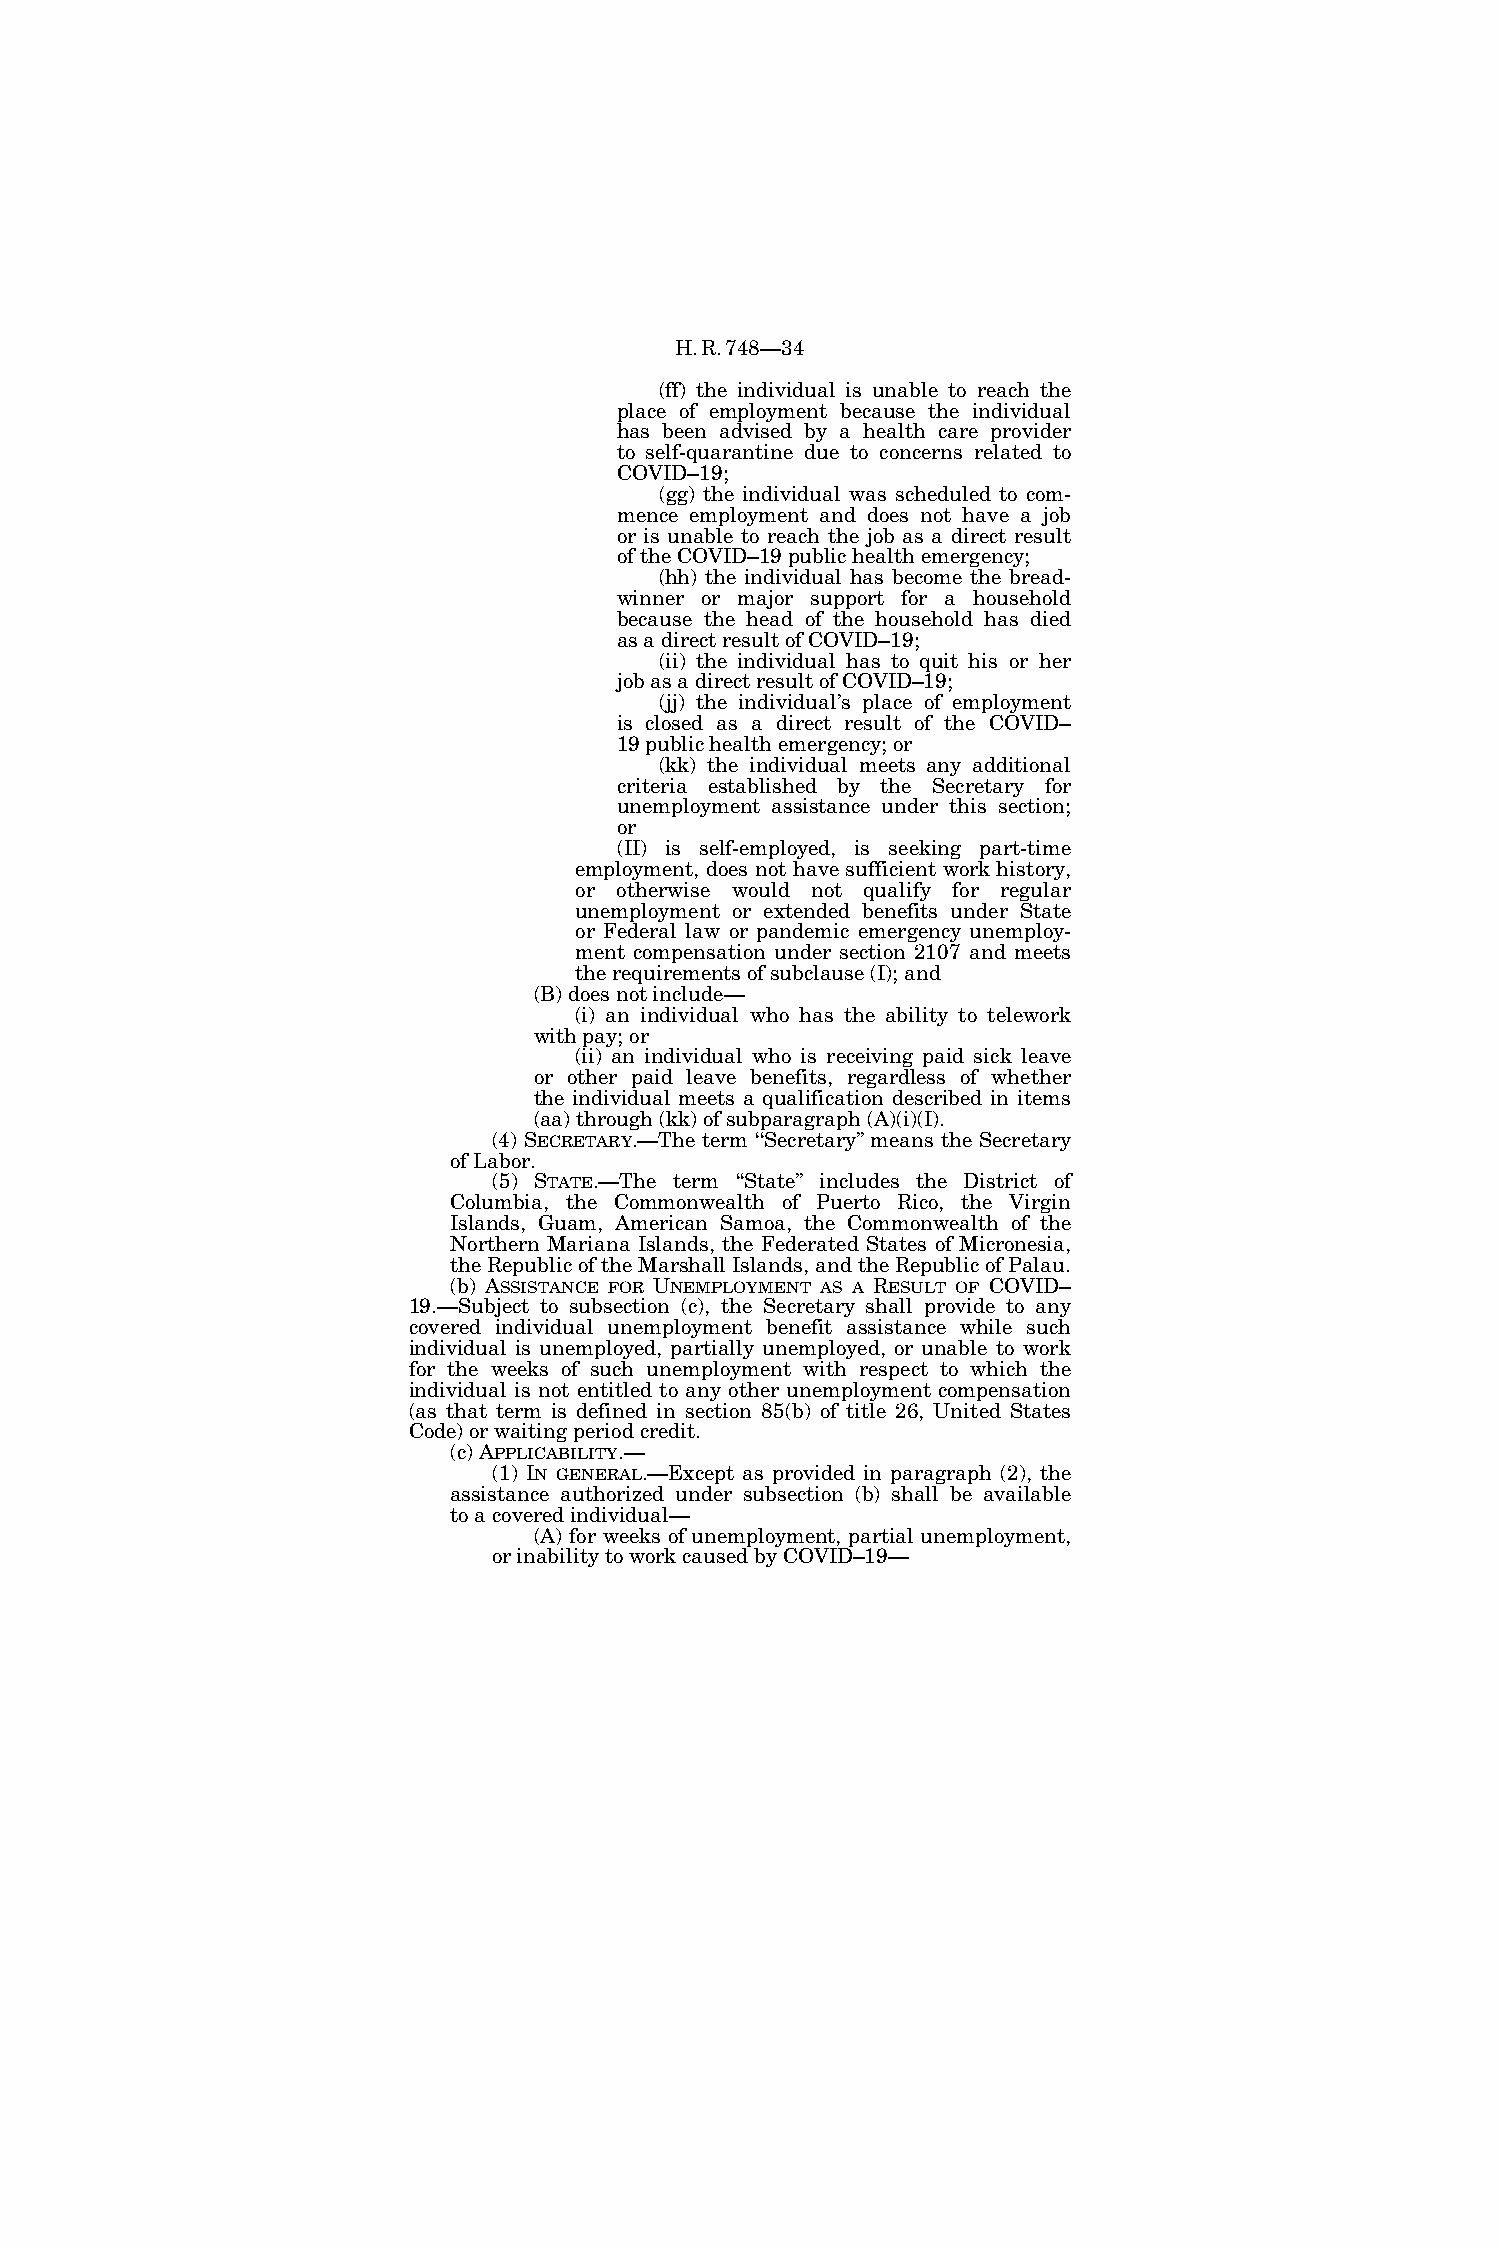
H.R.748—34
 (ff) the individual is unable to reach the
 place of employment because the individual
 has been advised by a health care provider
 to self-quarantine due to concerns related to
 COVID–19;
 (gg) the individual was scheduled to com-
 mence employment and does not have a job
 or is unable to reach the job as a direct result
 of the COVID–19 public health emergency;
 (hh) the individual has become the bread-
 winner or major support for a household
 because the head of the household has died
 as a direct result of COVID–19;
 (ii) the individual has to quit his or her
 job as a direct result of COVID–19;
 (jj) the individual’s place of employment
 is closed as a direct result of the COVID–
 19 public health emergency; or
 (kk) the individual meets any additional
 criteria established by the Secretary for
 unemployment assistance under this section;
 or
 (II) is self-employed, is seeking part-time
 employment, does not have sufficient work history,
 or otherwise would not qualify for regular
 unemployment or extended benefits under State
 or Federal law or pandemic emergency unemploy-
 ment compensation under section 2107 and meets
 the requirements of subclause (I); and
 (B) does not include—
 (i) an individual who has the ability to telework
 with pay; or
 (ii) an individual who is receiving paid sick leave
 or other paid leave benefits, regardless of whether
 the individual meets a qualification described in items
 (aa) through (kk) of subparagraph (A)(i)(I).
 (4) SECRETARY.—The term ‘‘Secretary’’ means the Secretary
 of Labor.
 (5) STATE.—The term ‘‘State’’ includes the District of
 Columbia, the Commonwealth of Puerto Rico, the Virgin
 Islands, Guam, American Samoa, the Commonwealth of the
 Northern Mariana Islands, the Federated States of Micronesia,
 the Republic of the Marshall Islands, and the Republic of Palau.
 (b) ASSISTANCE FOR UNEMPLOYMENT AS A RESULT OF COVID–
 19.—Subject to subsection (c), the Secretary shall provide to any
 covered individual unemployment benefit assistance while such
 individual is unemployed, partially unemployed, or unable to work
 for the weeks of such unemployment with respect to which the
 individual is not entitled to any other unemployment compensation
 (as that term is defined in section 85(b) of title 26, United States
 Code) or waiting period credit.
 (c) APPLICABILITY.—
 (1) IN GENERAL.—Except as provided in paragraph (2), the
 assistance authorized under subsection (b) shall be available
 to a covered individual—
 (A) for weeks of unemployment, partial unemployment,
 or inability to work caused by COVID–19—